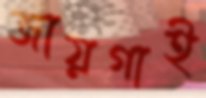
জায়গাই